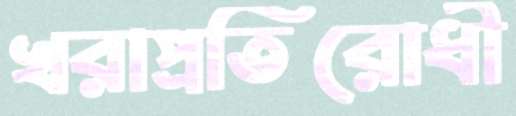
খরাপ্রতিরোধী